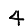
Digit: 4